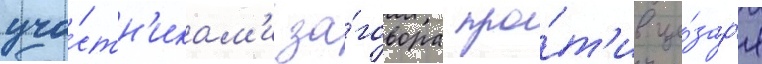
уча́стн'икам'и за́говора про́т'ив це́зар'я